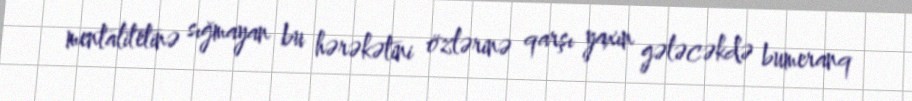
mentalitetinə sığmayan bu hərəkətini özlərinə qarşı yaxın gələcəkdə bumeranq